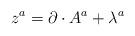
LaTeX: \begin{align*}{z}^{a}=\partial\cdot A^{a}+\lambda^{a}\end{align*}